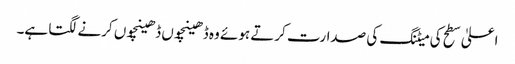
اعلیٰ سطح کی میٹنگ کی صدارت کرتے ہوئے وہ ڈھینچوں ڈھینچوں کرنے لگتا ہے۔